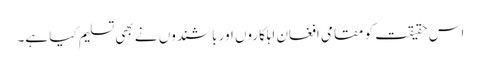
اس حقیقت کو مقامی افغان اہلکاروں اور باشندوں نے بھی تسلیم کیا ہے۔